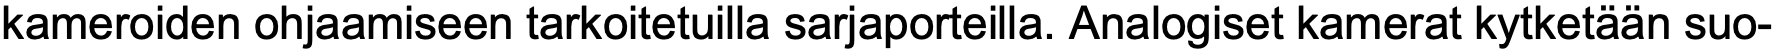
kameroiden ohjaamiseen tarkoitetuilla sarjaporteilla. Analogiset kamerat kytketään suo-